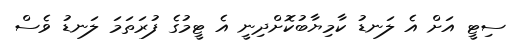
ސިޓީ އަށް އެ ލަނޑު ކާމިޔާބުކޮށްދިނީ އެ ޓީމުގެ ފުރަތަމަ ލަނޑު ވެސް